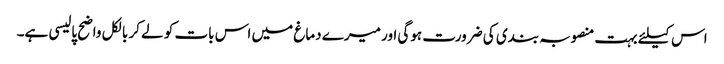
اس کیلئے بہت منصوبہ بندی کی ضرورت ہوگی اور میرے دماغ میں اس بات کو لے کر بالکل واضح پالیسی ہے۔